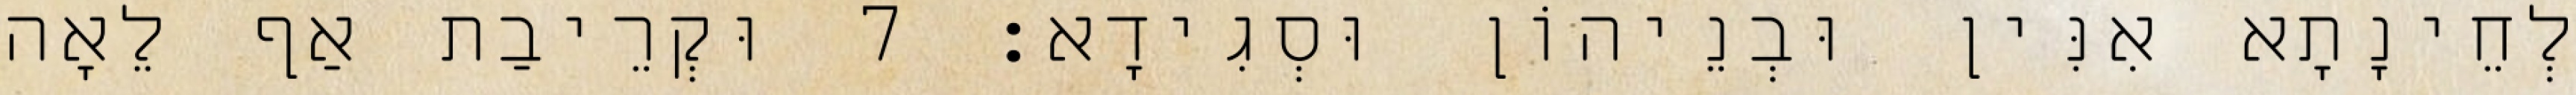
לְחֵינָתָא אִנִּין וּבְנֵיהוֹן וּסְגִידָא׃ 7 וּקְרֵיבַת אַף לֵאָה